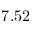
7 . 5 2